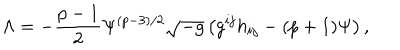
{ \Lambda } = - \frac { p - 1 } { 2 } { \Psi } ^ { ( p - 3 ) / 2 } \sqrt { - g } \left( g ^ { i j } h _ { i j } - ( p + 1 ) { \Psi } \right) ,